Civil Veterinary Department. Madras. Admin. report 1926-33 - 1926-1933
Year: 1926
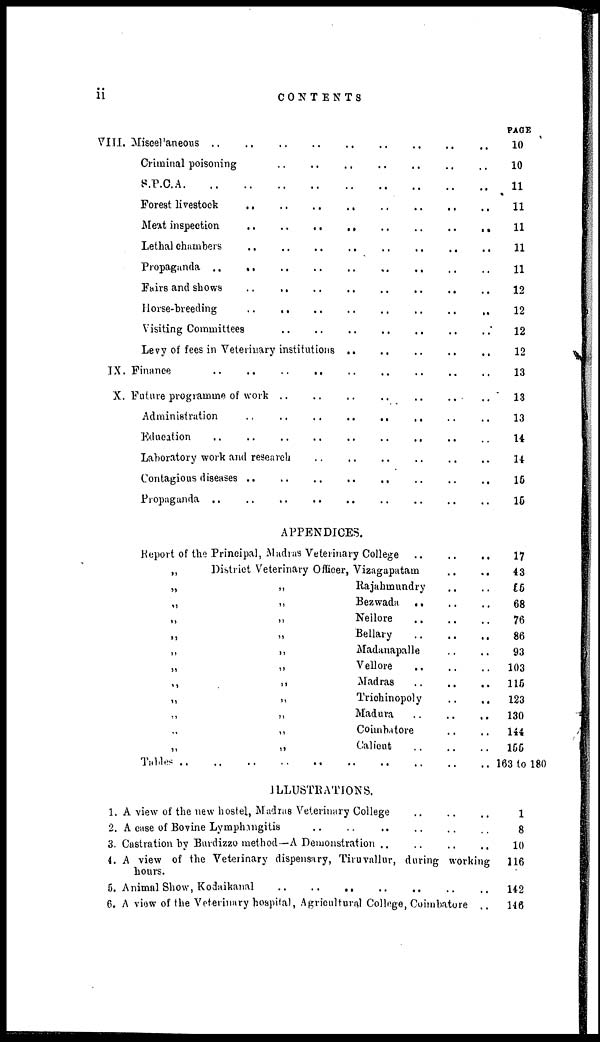
ii
CONTENTS
VIII.
IX.
X.
Miscellaneous .. .. .. .. .. .. .. .. ..
Criminal poisoning .. .. .. .. .. .. .. .. ..
S.P.C.A. .. .. .. .. .. .. .. .. .. .. ..
Forest livestock .. .. .. .. .. .. .. .. .. ..
Meat inspection .. .. .. .. .. .. .. .. .. ..
Lethal chambers .. .. .. .. .. .. .. .. .. ..
Propaganda .. .. .. .. .. .. .. .. .. .. ..
Fairs and shows .. .. .. .. .. .. .. .. .. ..
Horse-breeding .. .. .. .. .. .. .. .. .. ..
Visiting Committees .. .. .. .. .. .. .. .. ..
Levy of fees in Veterinary institutions .. .. .. .. .. .. .. .. ..
Finance .. .. .. .. .. .. .. .. .. .. ..
Future programme of work .. .. .. .. .. .. .. .. ..
Administration .. .. .. .. .. .. .. .. .. ..
Education .. .. .. .. .. .. .. .. .. .. ..
Laboratory work and research .. .. .. .. .. .. .. .. ..
Contagions diseases .. .. .. .. .. .. .. .. .. ..
Propaganda .. .. .. .. .. .. .. .. .. ..
PAGE
10
10
11
11
11
11
11
12
12
12
12
13
13
13
14
14
15
15
APPENDICES.
Report of the Principal, Madras Veterinary College .. .. ..
„
„
„
„
„
„
„
„
„
„
„
„
Tables ..
District Veterinary Officer,
„
„
„
„
„
„
„
„
„
„
„
Vizagapatam .. .. ..
Rajahmundry .. .. ..
Bezwada .. .. .. ..
Nellore .. .. .. ..
Bellary .. .. .. ..
Madanapalle .. .. ..
Vellore .. .. .. ..
Madras .. .. ..
Trichinopoly .. .. ..
Madura .. .. .. ..
Coimbatore .. .. ..
Calicut .. .. .. ..
.. ... .. .. .. .. .. .. .. .. .. ..
17
43
55
68
76
86
93
103
115
123
130
144
155
163 to 180
ILLUSTRATIONS.
1.
2.
3.
4.
5.
6.
A view of the new hostel, Madras Veterinary College
A case of Bovine Lymphangitis
..
..
..
..
..
..
Castration by Burdizzo method—A Demonstration .. .. .. .. .. ..
A view of the Veterinary dispensary, Tiruvallur, during working
hours.
Animal Show, Kodaikanal
..
..
..
..
..
..
..
A view of the Veterinary hospital, Agricultural College, Coimbatore ..
1
8
10
116
142
146